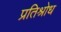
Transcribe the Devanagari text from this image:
प्रतिश्रोध